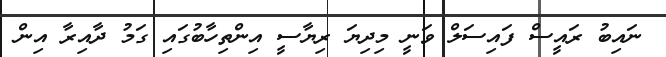
ނައިބު ރައީސް ފައިސަލް ވަނީ މިދިޔަ ރިޔާސީ އިންތިހާބުގައި ގަމު ދާއިރާ އިން